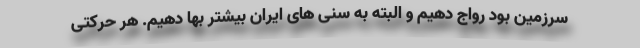
سرزمین بود رواج دهیم و البته به سنی های ایران بیشتر بها دهیم. هر حرکتی